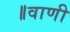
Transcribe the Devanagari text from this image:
॥वाणी